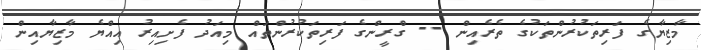
މާޒިޔާގެ ފަރިތަކުރުންތަކުގެ ތެރެއިން -- ގްރީންގެ ފަރިތަކުރުންތައް މިއަދު ފެށިއިރު އިއްޔެ މާޒިޔާއިން